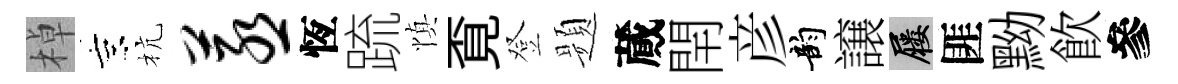
棹京杭蒸恆䟽慎覔登题蕆閈彦韵譲屨匪黝飮參